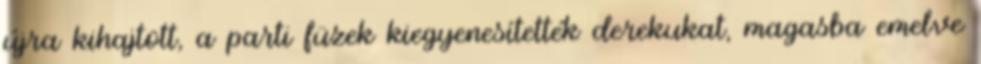
újra kihajtott, a parti füzek kiegyenesítették derekukat, magasba emelve